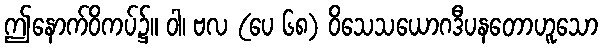
ဤနောက်ဝိကပ်၌။ ဝါ၊ ဗလ (ပေ ၆၈) ဝိသေသယောဂဒီပနတောဟူသော